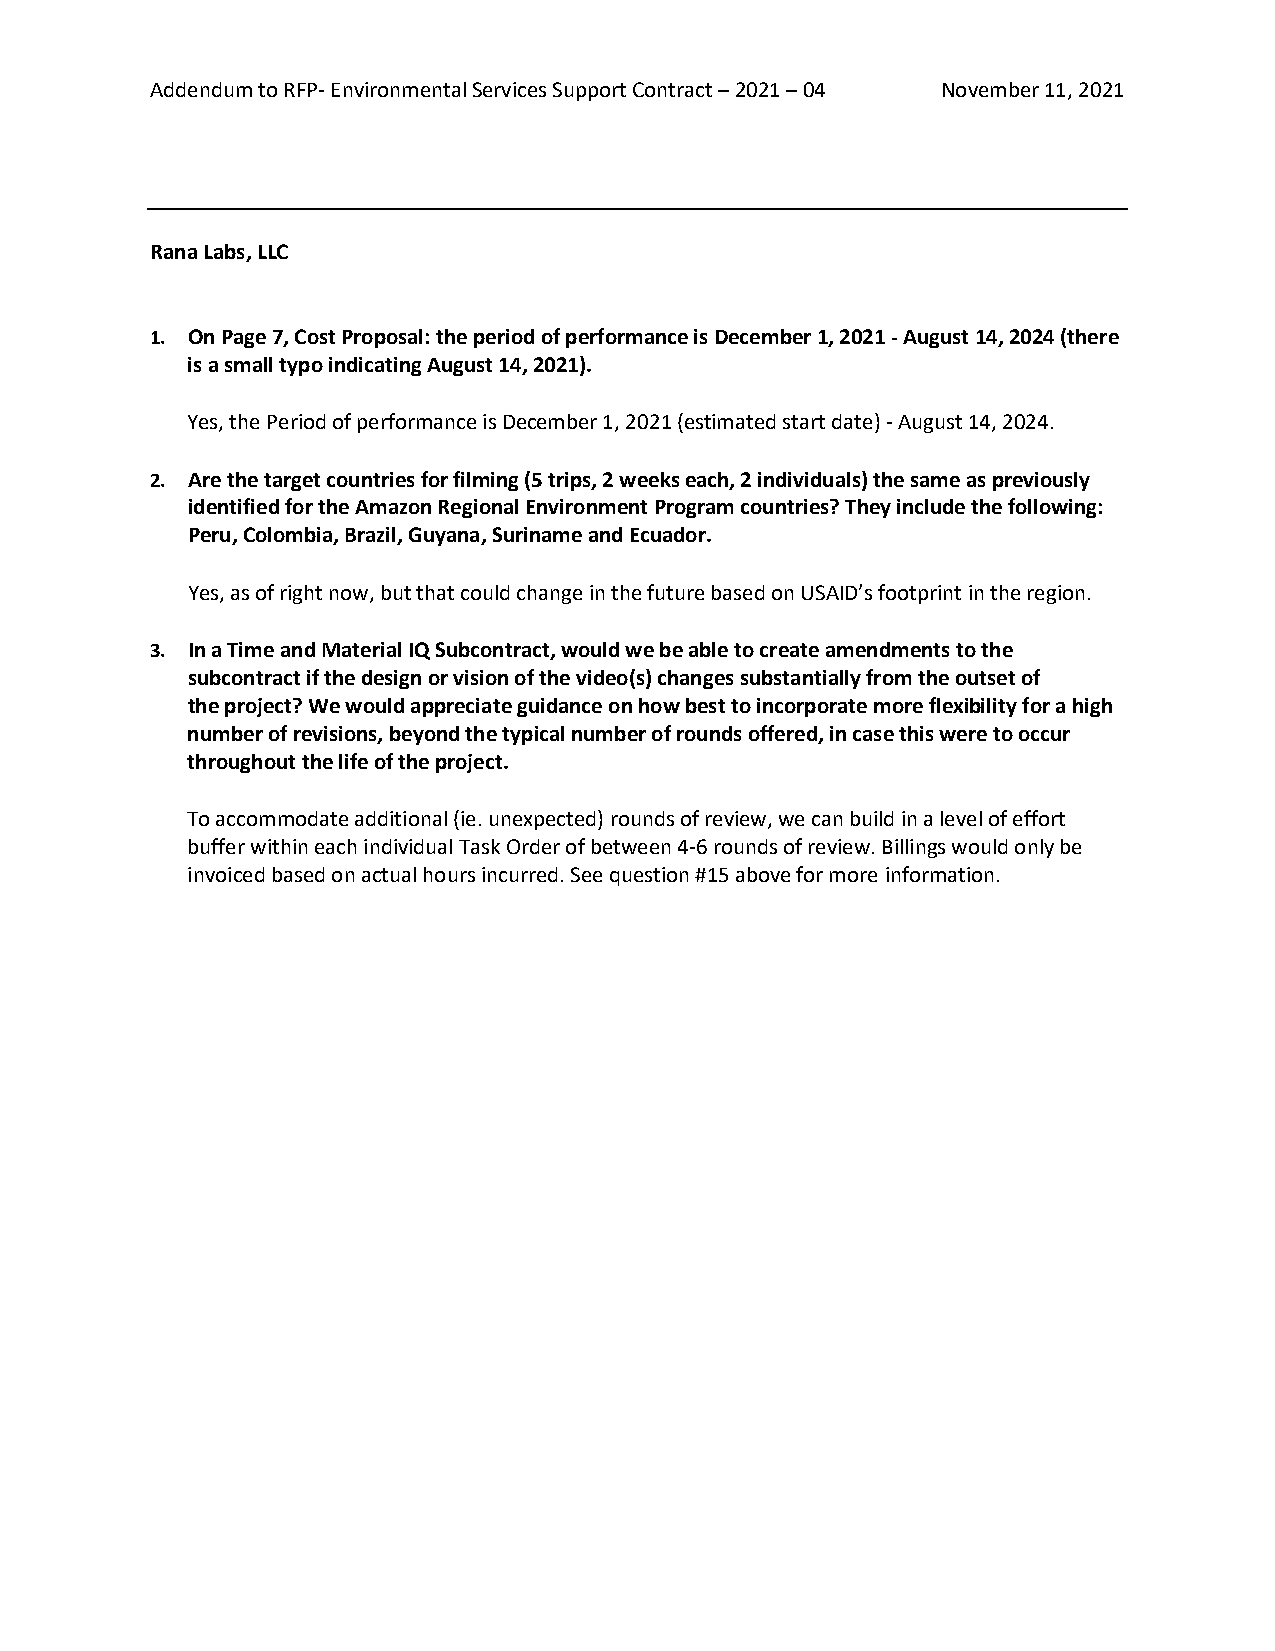
Addendum to RFP- Environmental Services Support Contract – 2021 – 04 November 11, 2021
 Rana Labs, LLC
 1. On Page 7, Cost Proposal: the period of performance is December 1, 2021 - August 14, 2024 (there
 is a small typo indicating August 14, 2021).
 Yes, the Period of performance is December 1, 2021 (estimated start date) - August 14, 2024.
 2. Are the target countries for filming (5 trips, 2 weeks each, 2 individuals) the same as previously
 identified for the Amazon Regional Environment Program countries? They include the following:
 Peru, Colombia, Brazil, Guyana, Suriname and Ecuador.
 Yes, as of right now, but that could change in the future based on USAID’s footprint in the region.
 3. In a Time and Material IQ Subcontract, would we be able to create amendments to the
 subcontract if the design or vision of the video(s) changes substantially from the outset of
 the project? We would appreciate guidance on how best to incorporate more flexibility for a high
 number of revisions, beyond the typical number of rounds offered, in case this were to occur
 throughout the life of the project.
 To accommodate additional (ie. unexpected) rounds of review, we can build in a level of effort
 buffer within each individual Task Order of between 4-6 rounds of review. Billings would only be
 invoiced based on actual hours incurred. See question #15 above for more information.